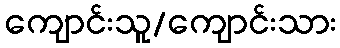
ကျောင်းသူ/ကျောင်းသား